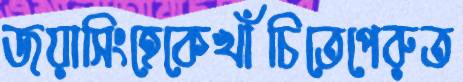
জয়াসিংহেকেখাঁচিতেপেরুত